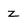
Character: z